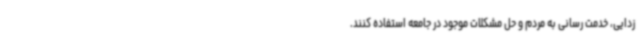
زدایی، خدمت رسانی به مردم و حل مشکلات موجود در جامعه استفاده کنند.